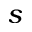
s